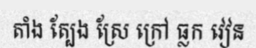
តាំង ត្បែង ស្រែ ក្រៅ ធ្លក វៀន